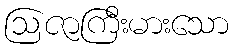
ဩဇာကြီးမားသော